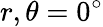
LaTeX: r,\theta=0^{\circ}